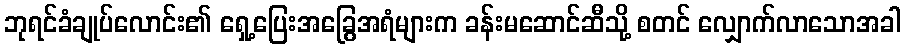
ဘုရင်ခံချုပ်လောင်း၏ ရှေ့ပြေးအခြွေအရံများက ခန်းမဆောင်ဆီသို့ စတင် လျှောက်လာသောအခါ